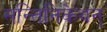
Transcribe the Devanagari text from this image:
सन्तिनिकेथन्